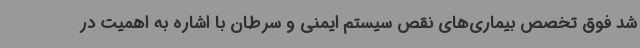
شد فوق تخصص بیماری‌های نقص سیستم ایمنی و سرطان با اشاره به اهمیت در